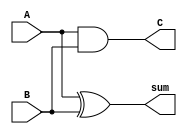
`timescale 1ns / 1ps
//////////////////////////////////////////////////////////////////////////////////
// 64-Bit Ripple Carry Adder with Encounter implementation
//
// 
// By: Patrick Stockton
//  
//////////////////////////////////////////////////////////////////////////////////

    
	//Create a half adder with outputs "sum, C" and inputs "A, B".
    module half_adder(
        output sum, C,
        input A, B
        );
    
    xor(sum, A, B);
    and(C, A, B);
     
    endmodule
    
    // Connect two half adders to make a Full Adder
    module full_adder(
        output sum, Cout,
        input A, B, Cin
        );
        
     wire w1,w2,w3;
     // Create two half adders and connect them
     half_adder HA1(w1, w2, A, B);          // Order of the name must be the same
     half_adder HA2(sum, w3, w1, Cin);
     or OG1(Cout, w2, w3);      // All primitives, outputs come first followed by inputs
    
    endmodule
    
    // Connect 64 Full Adders to make a 4 Bit Adder
    module ripple_adder_64bit(
        output [63:0] Sum,     // Create "sum" as a 4 bit output
        output Cout,          // Carry out bit
        input [63:0] A,B,      // Create 4 bit A and B inputs
        input Cin             // Carry-in input
        );
        
     // Create the wire connections for the various Full Adders   
     wire w1,w2,w3,w4,w5,w6,w7,w8,w9,w10,w11,w12,w13,w14,w15,w16,w17,w18,w19,w20,w21,w22,w23,w24,w25,w26,w27,w28,w29,w30,w31,w32,w33,w34,w35,w36,w37,w38,w39,w40,w41,w42,w43,w44,w45,w46,w47,w48,w49,w50,w51,w52,w53,w54,w55,w56,w57,w58,w59,w60,w61,w62,w63;
     
     // Initiate the 64 Full Adders to create the Ripple Carry Adder
     full_adder FA1(Sum[0], w1, A[0], B[0], Cin),       // Full Adder 1
                FA2(Sum[1], w2, A[1], B[1], w1),        // Full Adder 2
                FA3(Sum[2], w3, A[2], B[2], w2),       // Full Adder 3
                FA4(Sum[3], w4, A[3], B[3], w3),      // Full Adder 4
                FA5(Sum[4], w5, A[4], B[4], w4),
                FA6(Sum[5], w6, A[5], B[5], w5),
                FA7(Sum[6], w7, A[6], B[6], w6),
                FA8(Sum[7], w8, A[7], B[7], w7),
                FA9(Sum[8], w9, A[8], B[8], w8),
                FA10(Sum[9], w10, A[9], B[9], w9),
                FA11(Sum[10], w11, A[10], B[10], w10),
                FA12(Sum[11], w12, A[11], B[11], w11),
                FA13(Sum[12], w13, A[12], B[12], w12),
                FA14(Sum[13], w14, A[13], B[13], w13),
                FA15(Sum[14], w15, A[14], B[14], w14),
                FA16(Sum[15], w16, A[15], B[15], w15),
                FA17(Sum[16], w17, A[16], B[16], w16),
                FA18(Sum[17], w18, A[17], B[17], w17),
                FA19(Sum[18], w19, A[18], B[18], w18),
                FA20(Sum[19], w20, A[19], B[19], w19),
                FA21(Sum[20], w21, A[20], B[20], w20),
                FA22(Sum[21], w22, A[21], B[21], w21),
                FA23(Sum[22], w23, A[22], B[22], w22),
                FA24(Sum[23], w24, A[23], B[23], w23),
                FA25(Sum[24], w25, A[24], B[24], w24),
                FA26(Sum[25], w26, A[25], B[25], w25),
                FA27(Sum[26], w27, A[26], B[26], w26),
                FA28(Sum[27], w28, A[27], B[27], w27),
                FA29(Sum[28], w29, A[28], B[28], w28),
                FA30(Sum[29], w30, A[29], B[29], w29),
                FA31(Sum[30], w31, A[30], B[30], w30),
                FA32(Sum[31], w32, A[31], B[31], w31),
                FA33(Sum[32], w33, A[32], B[32], w32),
                FA34(Sum[33], w34, A[33], B[33], w33),
                FA35(Sum[34], w35, A[34], B[34], w34),
                FA36(Sum[35], w36, A[35], B[35], w35),
                FA37(Sum[36], w37, A[36], B[36], w36),
                FA38(Sum[37], w38, A[37], B[37], w37),
                FA39(Sum[38], w39, A[38], B[38], w38),
                FA40(Sum[39], w40, A[39], B[39], w39),
                FA41(Sum[40], w41, A[40], B[40], w40),
                FA42(Sum[41], w42, A[41], B[41], w41),
                FA43(Sum[42], w43, A[42], B[42], w42),
                FA44(Sum[43], w44, A[43], B[43], w43),
                FA45(Sum[44], w45, A[44], B[44], w44),
                FA46(Sum[45], w46, A[45], B[45], w45),
                FA47(Sum[46], w47, A[46], B[46], w46),
                FA48(Sum[47], w48, A[47], B[47], w47),
                FA49(Sum[48], w49, A[48], B[48], w48),
                FA50(Sum[49], w50, A[49], B[49], w49),
                FA51(Sum[50], w51, A[50], B[50], w50),
                FA52(Sum[51], w52, A[51], B[51], w51),
                FA53(Sum[52], w53, A[52], B[52], w52),
                FA54(Sum[53], w54, A[53], B[53], w53),
                FA55(Sum[54], w55, A[54], B[54], w54),
                FA56(Sum[55], w56, A[55], B[55], w55),
                FA57(Sum[56], w57, A[56], B[56], w56),
                FA58(Sum[57], w58, A[57], B[57], w57),
                FA59(Sum[58], w59, A[58], B[58], w58),
                FA60(Sum[59], w60, A[59], B[59], w59),
                FA61(Sum[60], w61, A[60], B[60], w60),
                FA62(Sum[61], w62, A[61], B[61], w61),
                FA63(Sum[62], w63, A[62], B[62], w62),                
                FA64(Sum[63], Cout, A[63], B[63], w63);
    
    endmodule